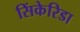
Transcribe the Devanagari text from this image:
सिंकेरिडा